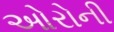
ઓરોની